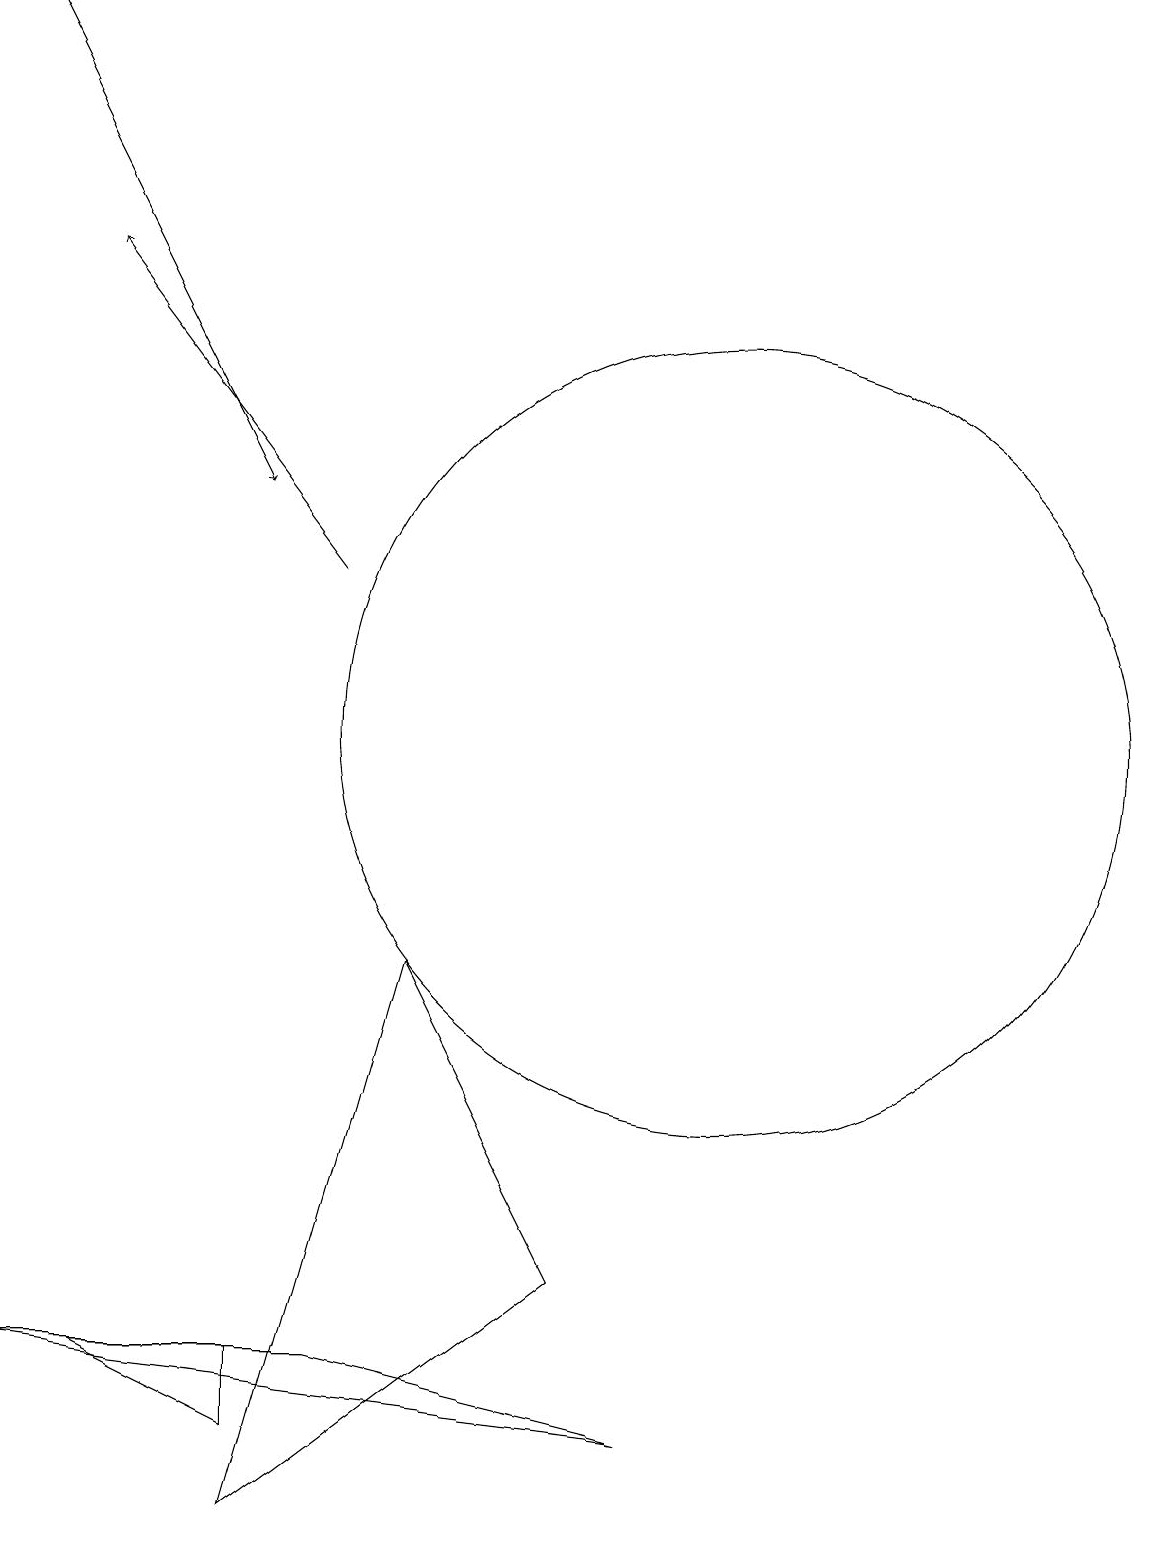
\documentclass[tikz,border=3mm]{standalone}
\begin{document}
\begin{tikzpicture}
\draw (4,1) -- (2,2) -- (4,2) -- cycle;
\draw[->] (1,19) -- (4,13);
\draw (5,2) -- (9,1) -- (1,2) -- cycle;
\draw (11,10) circle (0);
\draw (8,3) -- (4,0) -- (6,7) -- cycle;
\draw[->] (5,12) -- (2,16);
\draw (10,11) circle (0);
\draw (10,10) circle (5);
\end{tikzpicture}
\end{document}